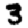
Digit: 3